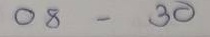
08 - 30